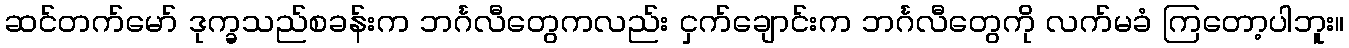
ဆင်တက်မော် ဒုက္ခသည်စခန်းက ဘင်္ဂလီတွေကလည်း ငှက်ချောင်းက ဘင်္ဂလီတွေကို လက်မခံ ကြတော့ပါဘူး။